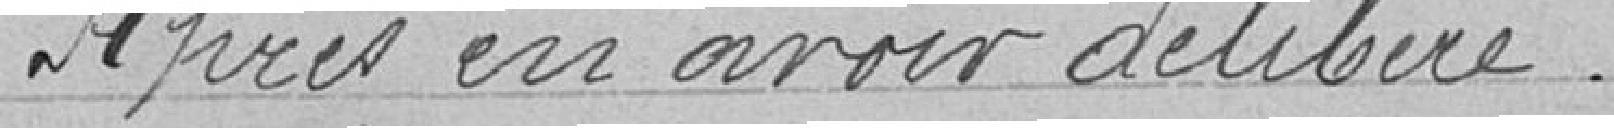
Après en avoir délibéré.